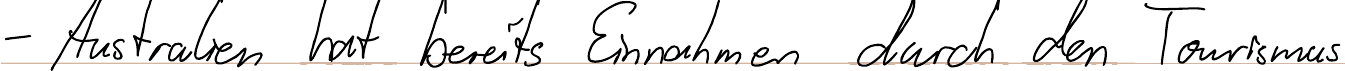
- Australien hat bereits Einnahmen durch den Tourismus